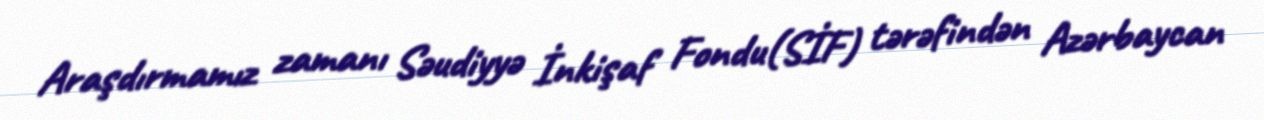
Araşdırmamız zamanı Səudiyyə İnkişaf Fondu(SİF) tərəfindən Azərbaycan